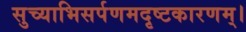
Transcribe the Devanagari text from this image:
सुच्याभिसर्पणमदृष्टकारणम्।